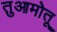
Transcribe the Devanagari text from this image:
तुआमोतू